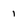
Character: 1